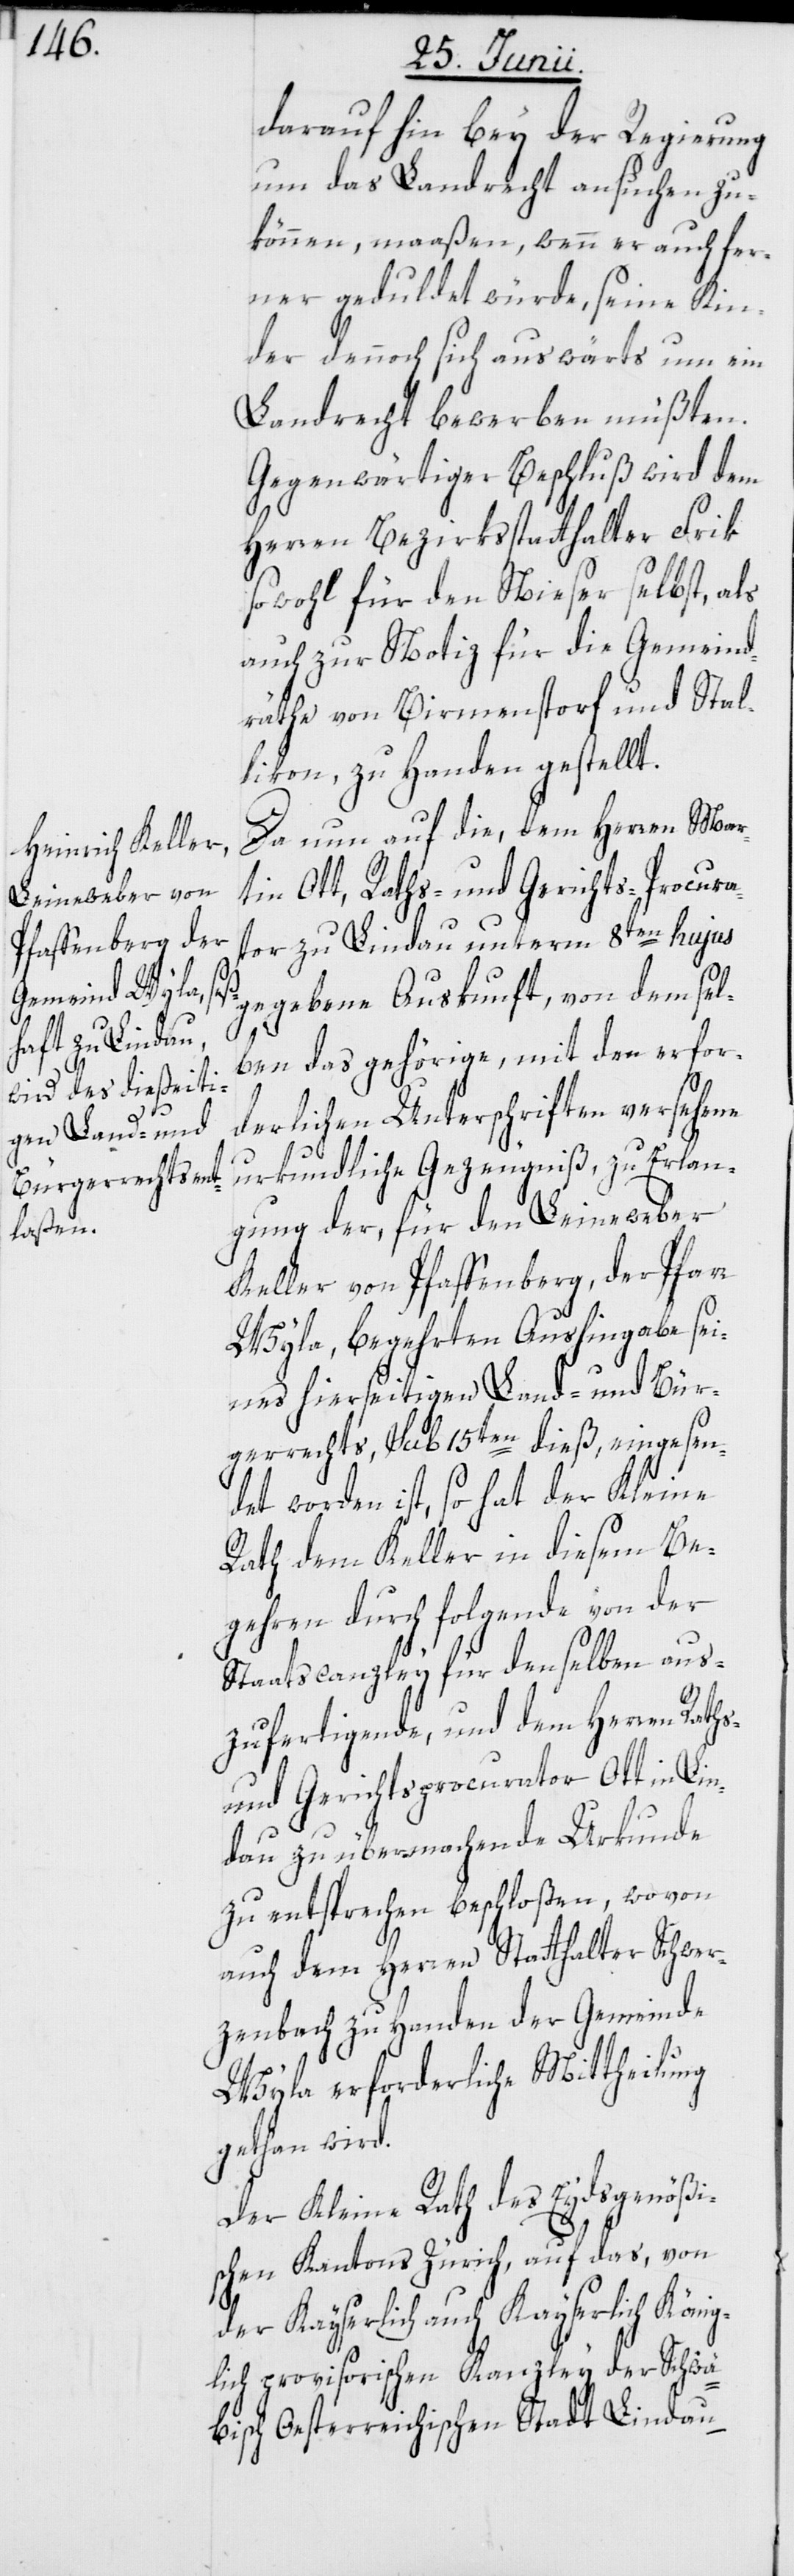
darauf hin bey der Regierung
um das Landrecht ansuchen zu
können, maaßen, wenn er auch fer¬
ner geduldet würde, seine Kin¬
der dennoch sich auswärts um ein
Landrecht bewerben müßten.
Gegenwärtiger Beschluß wird dem
Herren Bezirksstatthalter Frik
sowohl für den Nieser selbst, als
auch zur Notiz für die Gemeind¬
räthe von Birmenstorf und Stal¬
likon, zu Handen gestellt.
Da nun auf die, dem Herren Mar¬
tin Ott, Raths- und Gerichts-Procura¬
tor zu Lindau unterm 8ten hujus
gegebene Auskunft, von demsel¬
ben das gehörige, mit den erfor¬
derlichen Unterschriften versehene
urkundliche Gezeugniß, zu Erlan¬
gung der, für den Leineweber
Keller von Pfaffenberg, der Pfarr
Wyla, begehrten Aushingabe sei¬
nes hierseitigen Land- und Bür¬
gerrechts, sub 15ten dieß, eingesen¬
det worden ist, so hat der Kleine
Rath dem Keller in diesem Be¬
gehren durch folgende von der
Staatscanzley für denselben aus¬
zufertigende, und dem Herren Raths-
und Gerichtsprocurator Ott in Lin¬
dau zu übermachende Urkunde
zu entsprechen beschloßen, wovon
auch dem Herren Statthalter Schwer¬
zenbach zu Handen der Gemeinde
Wyla erforderliche Mittheilung
gethan wird.
Der Kleine Rath des Eydsgenößi¬
schen Kantons Zürich, auf das, von
der Kayserlich auch Kayserlich König¬
lich provisorischen Kanzley der Schwä¬
bisch Oesterreichischen Stadt Lindau